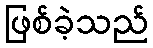
ဖြစ်ခဲ့သည်